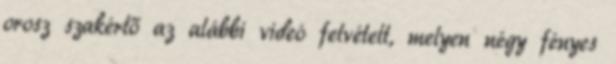
orosz szakértő az alábbi videó felvételt, melyen négy fényes